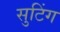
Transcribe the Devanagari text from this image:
सुटिंग